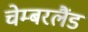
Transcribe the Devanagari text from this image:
चेम्बरलैंड